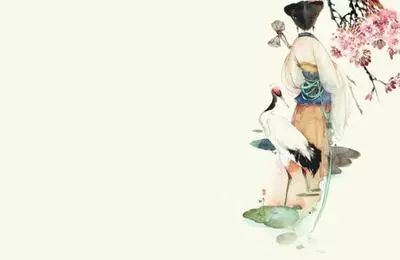
若得山花插满头，莫问奴归处。